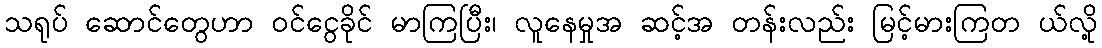
သရုပ် ဆောင်တွေဟာ ဝင်ငွေခိုင် မာကြပြီး၊ လူနေမှုအ ဆင့်အ တန်းလည်း မြင့်မားကြတ ယ်လို့